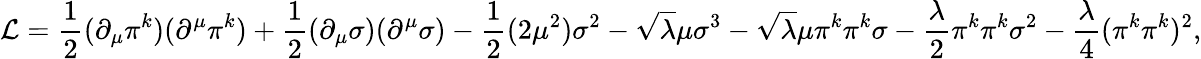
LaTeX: {\mathcal{L}}={\frac{1}{2}}(\partial_{\mu}\pi^{k})(\partial^{\mu}\pi^{k})+{\frac{1}{2}}(\partial_{\mu}\sigma)(\partial^{\mu}\sigma)-{\frac{1}{2}}(2\mu^{2})\sigma^{2}-{\sqrt{\lambda}}\mu\sigma^{3}-{\sqrt{\lambda}}\mu\pi^{k}\pi^{k}\sigma-{\frac{\lambda}{2}}\pi^{k}\pi^{k}\sigma^{2}-{\frac{\lambda}{4}}(\pi^{k}\pi^{k})^{2},